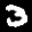
Label: 3